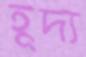
হূদ্য